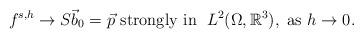
LaTeX: \begin{align*}f^{s,h}\to S\vec b_0 = \vec p \mbox{ strongly in } \; L^2(\Omega,\mathbb{R}^3), \mbox{ as } h\to 0.\end{align*}